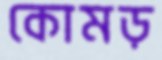
কোমড়